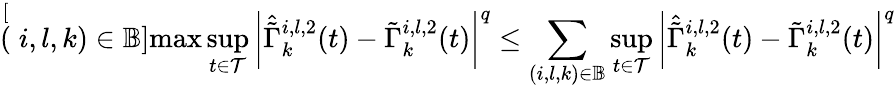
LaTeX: \stackrel[(i,l,k)\in\mathbb{B}]{\operatorname*{max}}\underset{t\in\mathcal{T}}{\operatorname*{sup}}\left|\hat{\tilde{\Gamma}}_{k}^{i,l,2}(t)-\tilde{\Gamma}_{k}^{i,l,2}(t)\right|^{q}\leq\underset{(i,l,k)\in\mathbb{B}}{\sum}\underset{t\in\mathcal{T}}{\operatorname*{sup}}\left|\hat{\tilde{\Gamma}}_{k}^{i,l,2}(t)-\tilde{\Gamma}_{k}^{i,l,2}(t)\right|^{q}